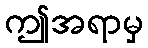
ဤအရာမှ